Annual report on the health of the army in India
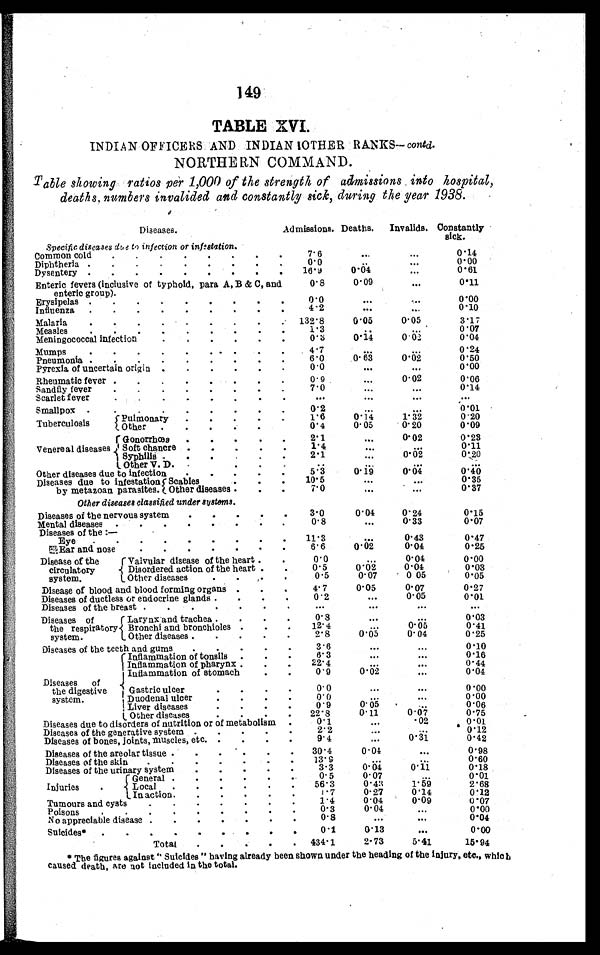
149
TABLE XVI.
INDIAN OFFICERS AND INDIAN OTHER RANKS— contd.
NORTHERN COMMAND.
T able showing ratios per 1,000 of the strength of admissions into hospital,
deaths, numbers invalided and constantly sick, during the year 1938.
Diseases.
Admissions. Deaths.
Invalids. Constantly
sick.
Specific diseases due to infection or infestation.
Common cold
. . .
7.6
. . .
. . .
0.14
0.00
0.0
Diphtheria . . .
. . . . . .
16. 9
0.0
0.61
Dysentery . . .
. . .
0. 8
0.09
. . .
0.11
Enteric fevers (inclusive of typhoid, para A, B & C, and
enteric group).
0.0
. . .
. . .
0.00
Erysipelas . . .
4.2
. . .
. . .
0.10
Influenza . . .
Malaria
. . .
132.8
0.05
0.05
3.17
. . .
1 • 3
0.07
Measles. . .
. . .
Meningococcal infection
. . .
0.3
0.14
0 .02
0.04
Mumps. . .
4..7
. . .
. . .
0 .24
6.0
0 . 6 3
0.02
0.50
Pneumonia . . .
Pyrexia of uncertain origin . . .
0.0
. . .
. . .
0.00
Rheumatic fever . . .
0.9
. . .
0.02
0.06
7.0
. . .
. . .
0.14
Sandfly fever . . .
Scarlet f ever
. . .
. . .
. . .
. . .
. . .
Smallpox . . .
0.2
. . .
. . .
0.01
1.6
0.14
Tuberculosis
Pulmonary
. . .
1. 32
0.20
0.05
Other . . .
0.4
0.20
0.09
Venereal diseases
Gonorrhœa
2.1
. . .
0.02
0.23
1. 4
Soft chancre
. . .
. . .
0.11
. . .
2.1
0.02
Syphilis
. . .
0.20
. . .
Other V. D.
. . .
. . .
. . .
. . .
. . .
5 .3
0. 19
Other diseases due to infection
. . .
0 . 4
0.40
10.5
Diseases due to infestation
by metazoan parasites.
Scabies. . .
. . .
. . .
0.35
7.0
Other diseases . . .
0. 37
. . .
. . .
Other diseases classified under systems.
Diseases of the nervous system
. . .
3.
0
0.04
0.24
0.15
0.8
0.07
0.33
. . .
Mental diseases . . .
Diseases of the :—
Eye . . .
11.3
. . .
0.43
0.47
0. 02
6.6
0.04
0.25
Ear and nose
. . .
Disease of the
circulatory
system.
Valvular disease of the heart . . .
0.0
. . .
0.04
0.00
0.5
0 . 0 2 0.04
Disordered action of the heart . . .
0.03
0 05
0.5
0. 07
0.05
Other diseases
. . .
Disease of blood and blood forming organs . . .
4.7
0. 05
0.07
0.27
0.05
Diseases of ductless or endocrine glands . . .
0 .2
. . .
0.01
Diseases of the breast . . .
. . .
. . .
. . .
. . .
Diseases of
the respiratory
system.
Larynx and trachea . . .
0. 8
. . .
. . .
0.03
12.4
0.05
0.41
Bronchi and bronchioles
2. 8
0.25
0.05
0.04
Other diseases . . .
Diseases of the teeth and gums
. . .
3.6
. . .
. . .
0.10
6. 3
Diseases of
the digestive
system.
Inflammation of tonsil . . .
. . .
. . .
0.16
22. 4
Inflammation of pharynx . . .
. . .
. . .
0.44
0.9
0.02
0.04
Inflammation of stomach. . .
. . .
Gastric ulcer . . .
0.0
. . .
. . .
0.00
0.0
Duodenal ulcer
. . .
. . .
. . .
0.00
0.9
0.05
0.06
Liver diseases
. . .
. . .
Other diseases
. . .
22.8
0. 11
0.07
0.75
.02
Diseases due to disorders of nutrition or of metabolism
0 .1
. . .
0.01
2. 2
0.12
Diseases of the generative system . . .
. . .
. . .
9. 4
. . .
0.31
0.42
Diseases of bones, joints, Muscles, etc. . . .
Diseases of the areolar tissue . . .
30.4
0.04
. . .
0.98
13.9
. . .
0.60
Diseases of the skin
. . .
. . .
3. 3
0.04
0. 11
0.18
Diseases of the urinary system
. . .
0.5
0.07
0.01
Injuries
G e n e r a l . . .
. . .
56.3
0.43
1.59
2.68
Local. . .
1.7
0.27
0.14
0.12
In action. . .
1.4
0.04
0.09
0.07
Tumours and cysts
. . .
0.3
0.04
. . .
0.00
Poisons
. . .
0.8
. . .
0.04
No appreciable disease . . .
. . .
Suicides*
. . .
0.1
0.13
. . .
0.00
Total . . .
434.1
2.73
5.41
15.94
• The figures against "suicides
having already been shown under the heading of the injury, etc., which
caused death, are not included in the total.